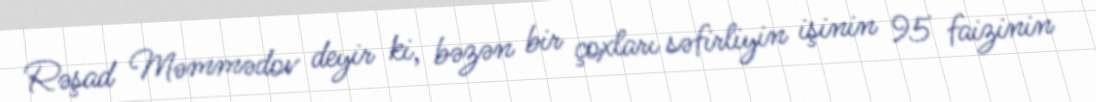
Rəşad Məmmədov deyir ki, bəzən bir çoxları səfirliyin işinin 95 faizinin